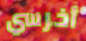
أخرسي